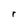
Character: r